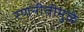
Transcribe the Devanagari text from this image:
रणनीतीमुळे